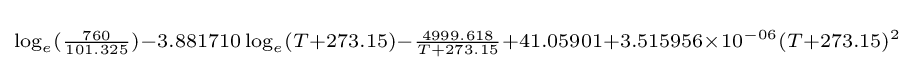
\scriptstyle \log _{e}({\frac {760}{101.325}})-3.881710\log _{e}(T+273.15)-{\frac {4999.618}{T+273.15}}+41.05901+3.515956\times 10^{-06}(T+273.15)^{2}